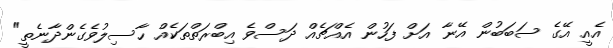
އެއީ އޭގެ ސަބަބުން އޭނާ އަށް ފަހުން އެއްޗެއް ދަސްވެ އިބްރަތްތަކެއް ހާސިލުވެގެންދާނެތީ"